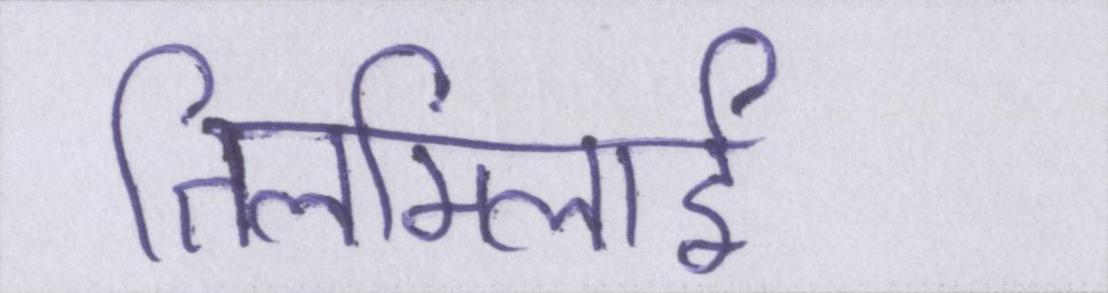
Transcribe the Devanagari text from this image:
तिलमिलाई